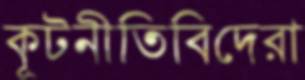
কূটনীতিবিদেরা